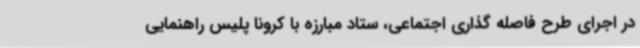
در اجرای طرح فاصله گذاری اجتماعی، ستاد مبارزه با کرونا پلیس راهنمایی